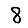
Digit: 8